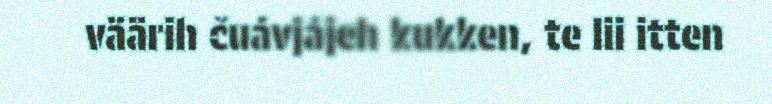
väärih čuávjájeh kukken, te lii itten